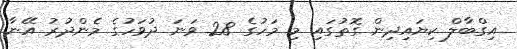
އިގްބާލް ކިޔައިދިން ގޮތުގައި މި މަހުގެ 28 ވަނަ ދުވަހުގެ މެންދުރު އޭނާ